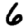
Digit: 6